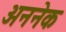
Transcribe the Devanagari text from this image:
अननेक